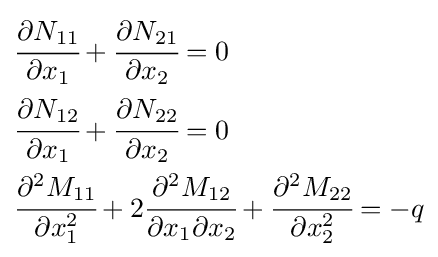
{\begin{aligned}&{\cfrac {\partial N_{11}}{\partial x_{1}}}+{\cfrac {\partial N_{21}}{\partial x_{2}}}=0\\&{\cfrac {\partial N_{12}}{\partial x_{1}}}+{\cfrac {\partial N_{22}}{\partial x_{2}}}=0\\&{\cfrac {\partial ^{2}M_{11}}{\partial x_{1}^{2}}}+2{\cfrac {\partial ^{2}M_{12}}{\partial x_{1}\partial x_{2}}}+{\cfrac {\partial ^{2}M_{22}}{\partial x_{2}^{2}}}=-q\end{aligned}}